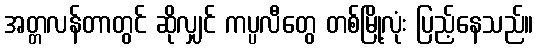
အတ္တလန်တာတွင် ဆိုလျှင် ကပ္ပလီတွေ တစ်မြို့လုံး ပြည့်နေသည်။